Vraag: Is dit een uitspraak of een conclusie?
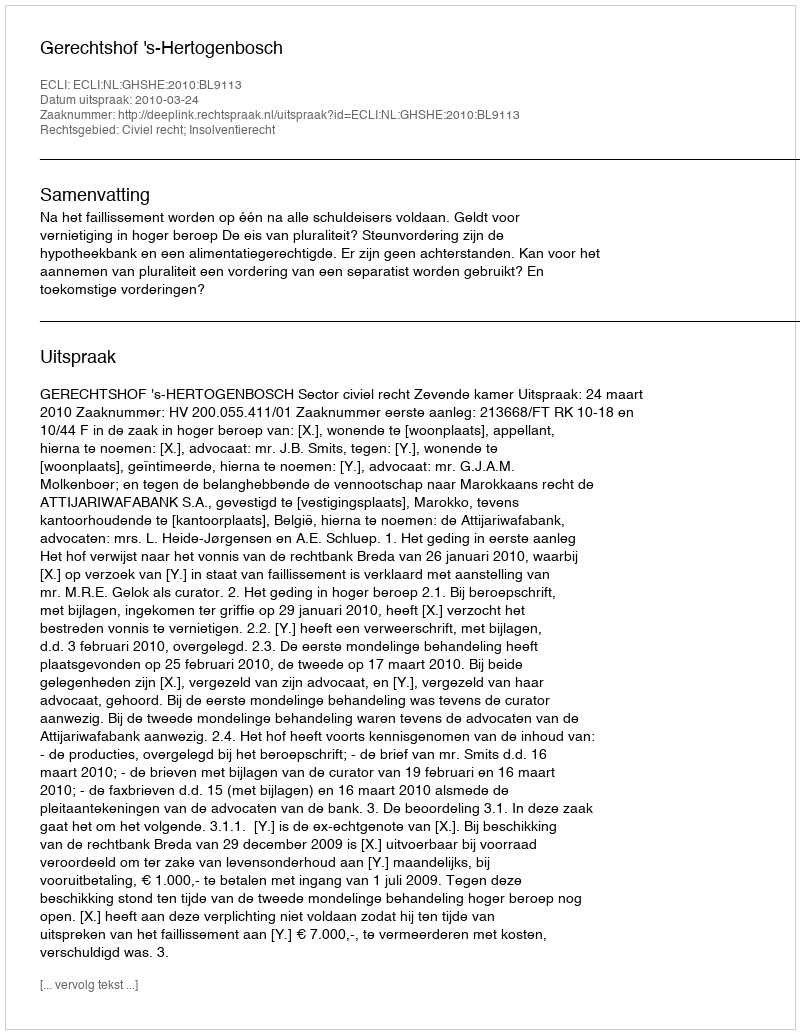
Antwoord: Uitspraak